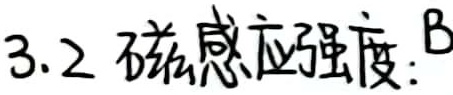
3.2 磁感应强度：$B$